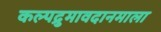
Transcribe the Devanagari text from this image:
कल्पद्रुमावदानमाला